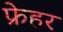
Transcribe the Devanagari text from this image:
फ्रेहर